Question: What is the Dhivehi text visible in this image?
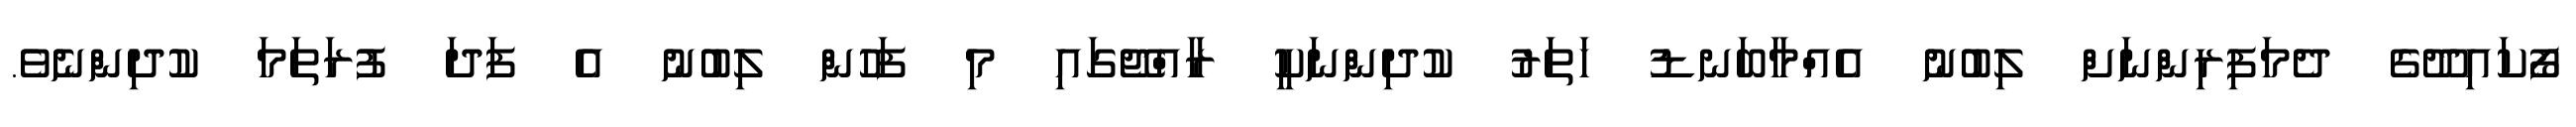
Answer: ފޯކައިދޫގެ ދެމަފިރިންނަށް ލިބުނު އެއްމާބަނޑު ހަތަރު ކުދިންނަކީ ރާއްޖޭގައި މި ފަހުން ލިބުނު އެ ފަދަ ފުރަތަމަ ކުދިންނެވެ.